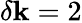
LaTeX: \delta\mathbf{k}=2